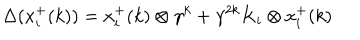
\Delta ( x _ { i } ^ { + } ( k ) ) = x _ { i } ^ { + } ( k ) \otimes \gamma ^ { k } + \gamma ^ { 2 k } K _ { i } \otimes x _ { i } ^ { + } ( k )